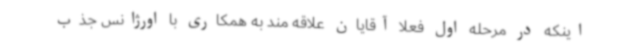
اینکه در مرحله اول فعلا آقایان علاقه مند به همکاری با اورژانس جذب